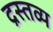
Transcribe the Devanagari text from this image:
द्रस्तव्य